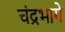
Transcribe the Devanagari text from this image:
चंद्रभागे